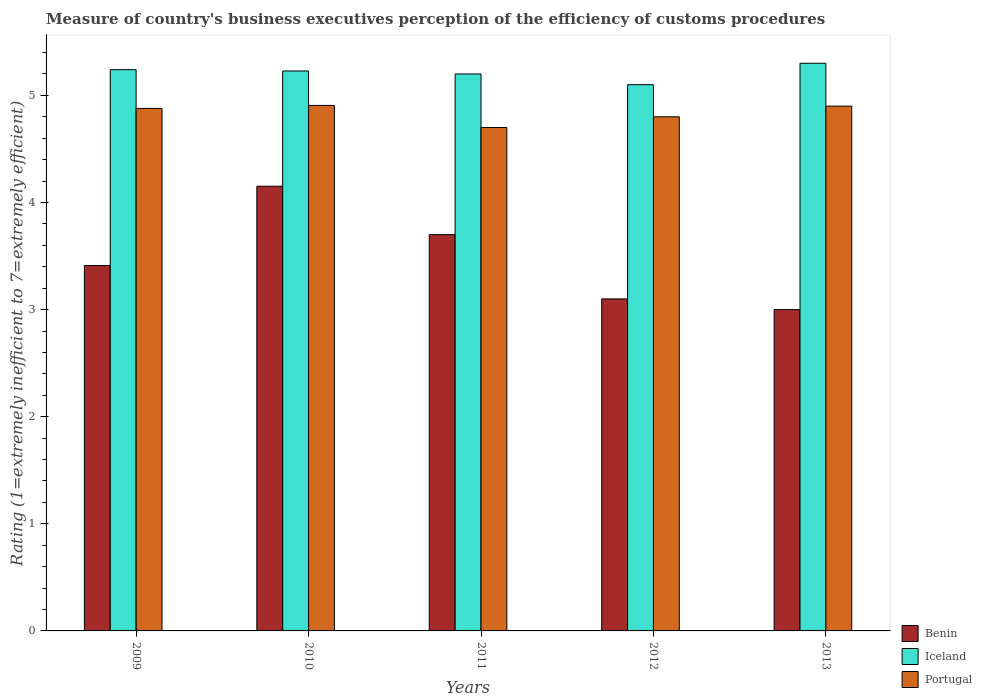
| Years | Benin | Iceland | Portugal |
 | --- | --- | --- | --- |
 | 2009 | 3.41 | 5.24 | 4.88 |
 | 2010 | 4.15 | 5.23 | 4.91 |
 | 2011 | 3.7 | 5.2 | 4.7 |
 | 2012 | 3.1 | 5.1 | 4.8 |
 | 2013 | 3 | 5.3 | 4.9 |